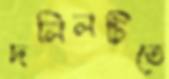
দলিলটিতে